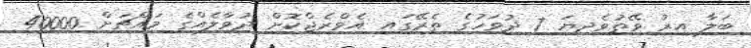
ބަލާ އިރު ވޭތުވެދިޔަ 7 ދުވަހުގެ ތެރޭގައި އެވްރެޖްކޮށް ދުވާލެއްގެ މައްޗަށް 40000